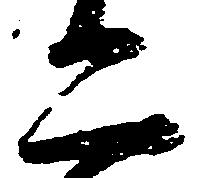
二